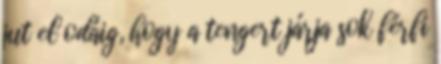
jut el odáig, hogy a tengert járja sok férfi